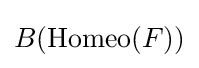
B(\operatorname {Homeo} (F))